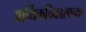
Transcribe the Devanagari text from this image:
आर्थिकविकासाच्या